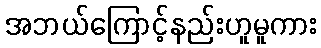
အဘယ်ကြောင့်နည်းဟူမူကား